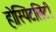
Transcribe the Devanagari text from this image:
होस्पिटलिटी